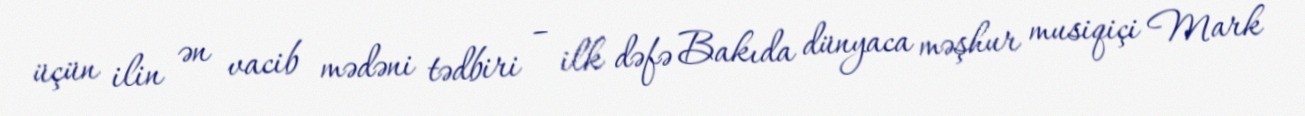
üçün ilin ən vacib mədəni tədbiri – ilk dəfə Bakıda dünyaca məşhur musiqiçi Mark